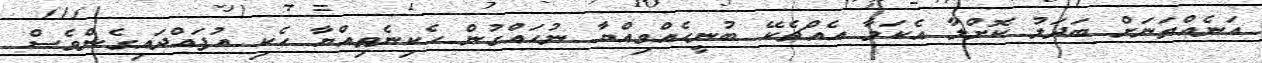
އަނެއްތަނަށް ބަދަލު ކޮށްލާ އެކަމާ އެއްޗެކޭ ބުނީހެއްވިއްޔާ ނުހައްގުން ހެކިނެތިއްޔާ ހެކި އުފައްދައިގެންވެސް